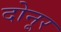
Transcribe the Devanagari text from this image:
दोनूर